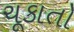
ચૂકાતો